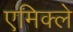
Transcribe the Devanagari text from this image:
एमिक्ले